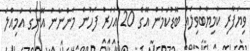
ވިޔަފާރި ކާމިޔާބުވިލެއް ބޮޑުކަމުން އޭގެ 20 އަހަރު ފަހުން މަންނާނު އޭނާގެ އަމިއްލަ